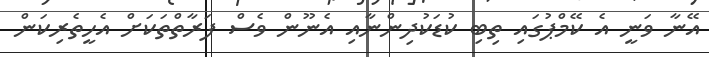
އޭނާ ވަނީ އެ ކޭމްޕުގައި ތިބި ކުޑަކުދިންނާއި އެނޫން ވެސް ފަރާތްތަކަށް އެހީތެރިކަން